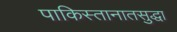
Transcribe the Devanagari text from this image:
पाकिस्तानातसुद्धा